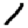
Digit: 1